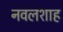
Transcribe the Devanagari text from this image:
नवलशाह